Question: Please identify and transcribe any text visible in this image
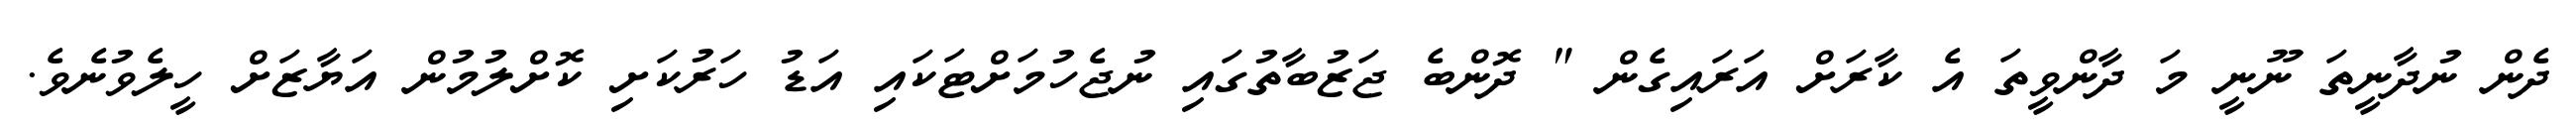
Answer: ދެން ނުދާނީތަ ނޫނީ މަ ދާންވީތަ އެ ކާރަށް އަރައިގެން " ދޮންބެ ޖަޒުބާތުގައި ނުޖެހުމަށްޓަކައި އަޑު ހަރުކަށި ކޮށްލުމުން އަޔާޒަށް ހީލެވުނެވެ.